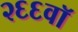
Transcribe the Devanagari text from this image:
२६६वॉ